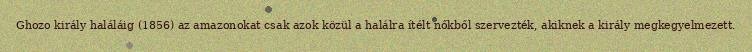
Ghozo király haláláig (1856) az amazonokat csak azok közül a halálra ítélt nőkből szervezték, akiknek a király megkegyelmezett.